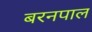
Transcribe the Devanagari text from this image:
बरनपाल